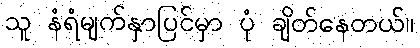
သူ နံရံမျက်နှာပြင်မှာ ပုံ ချိတ်နေတယ်။